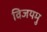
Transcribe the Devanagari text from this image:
विजयमु